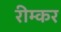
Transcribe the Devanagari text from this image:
रीम्कर